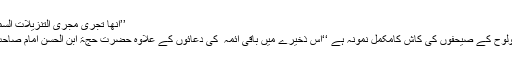
’’انھا تجری مجری التنزیلات السماویۃ وتسیر مسیر الصحف الوحیۃوالعرشیۃ‘‘(۱۶)
صحیفہ کاملہ آسمانی کتابوں کے اسلوب اور عرش ولوح کے صیحفوں کی کاش کامکمل نمونہ ہے ‘‘اس ذخیرے میں باقی آئمہ ؑ کی دعائوں کے علاوہ حضرت حجۃ ابن الحسن امام صاحب العصرالزمان ؑ کی دعائیں بطور خاص موجود ہیں۔